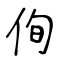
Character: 侚